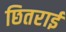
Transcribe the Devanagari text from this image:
छितराई